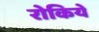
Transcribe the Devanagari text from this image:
रोकिये